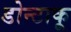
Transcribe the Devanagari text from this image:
डोन्टाकू